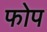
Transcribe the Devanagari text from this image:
फोप